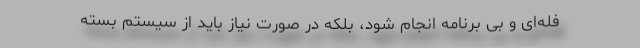
فله‌ای و بی برنامه انجام شود، بلکه در صورت نیاز باید از سیستم بسته